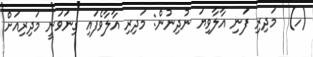
(ހ)  މަދިރި ފަނި އާލާވިޔަ ނުދިނުން: މަދިރި އާލާވެފައި ގިނަވަނީ މަދިރިއަށް